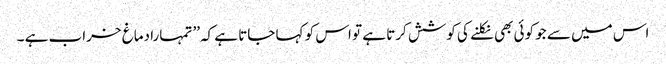
اس میں سے جو کوئی بھی نکلنے کی کوشش کرتا ہے تو اس کو کہا جاتا ہے کہ’’ تمہارا دماغ خراب ہے ۔